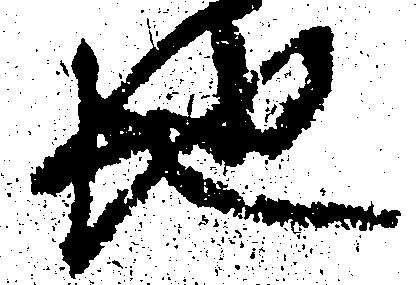
地